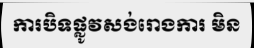
ការបិទផ្លូវសង់រោងការ មិន